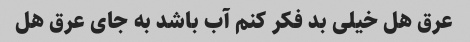
عرق هل خیلی بد فکر کنم آب باشد به جای عرق هل